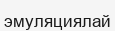
эмуляциялай